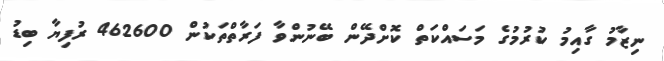
ނިޒާމު ގާއިމު ކުރުމުގެ މަސައްކަތް ކޮށްދޭން ބޭނުންވާ ފަރާތްތަކުން 462600 ރުފިޔާ ބިޑު